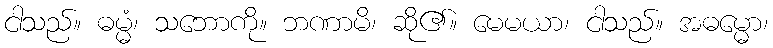
ငါသည်။ ဓမ္မံ၊ သဘောကို။ ဘဏာမိ၊ ဆို၏။ မေမယာ၊ ငါသည်။ အဓမ္မော၊